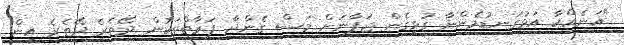
"އަނެއްކާ އަޅުގަނޑުމެންނާ ގުޅިގެން ޖަޕާނަށް މަސް ގެންދާ ފަރާތްތަކުން ދޭތެރެ ދޭތެރެ އިން